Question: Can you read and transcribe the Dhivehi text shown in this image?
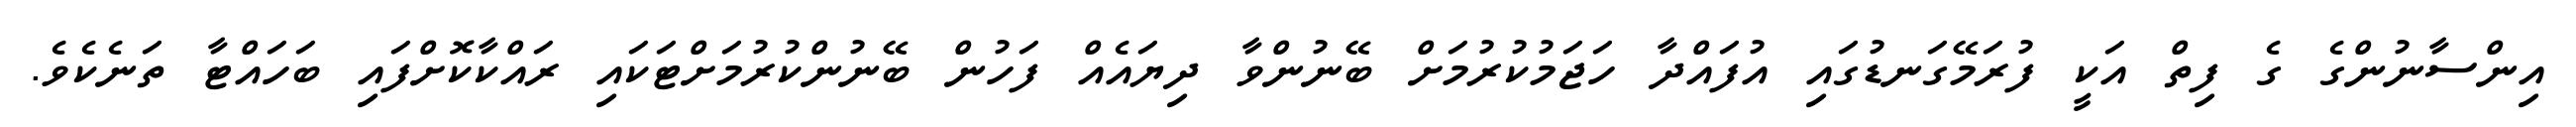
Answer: އިންސާނުންގެ ގެ ފިތް އަކީ ފުރަމޭގަނޑުގައި އުފައްދާ ހަޖަމުކުރުމަށް ބޭނުންވާ ދިޔައެއް ފަހުން ބޭނުންކުރުމަށްޓަކައި ރައްކާކޮށްފައި ބަހައްޓާ ތަނެކެވެ.